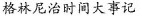
格林尼治时间大事记